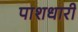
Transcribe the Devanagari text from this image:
पाशधारी